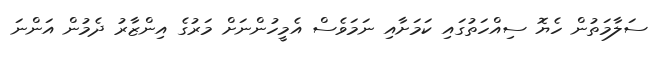
ސަލާމަތުން ހެޔޮ ސިއްހަތުގައި ކަމަށާއި ނަމަވެސް އެމީހުންނަށް މަރުގެ އިންޒާރު ދެމުން އަންނަ